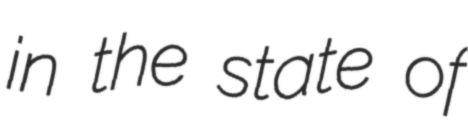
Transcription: in the state of